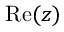
\operatorname { R e } ( z )